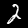
Digit: 2